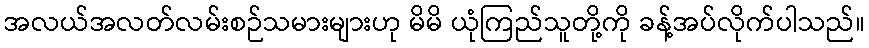
အလယ်အလတ်လမ်းစဉ်သမားများဟု မိမိ ယုံကြည်သူတို့ကို ခန့်အပ်လိုက်ပါသည်။